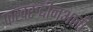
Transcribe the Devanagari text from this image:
फखरुद्दीनअली